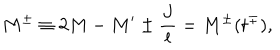
M ^ { \pm } \equiv 2 M - M ^ { \prime } \pm \frac { J } { l } = M ^ { \pm } ( t ^ { \mp } ) ,